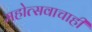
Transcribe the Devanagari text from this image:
महोत्सवाचाही